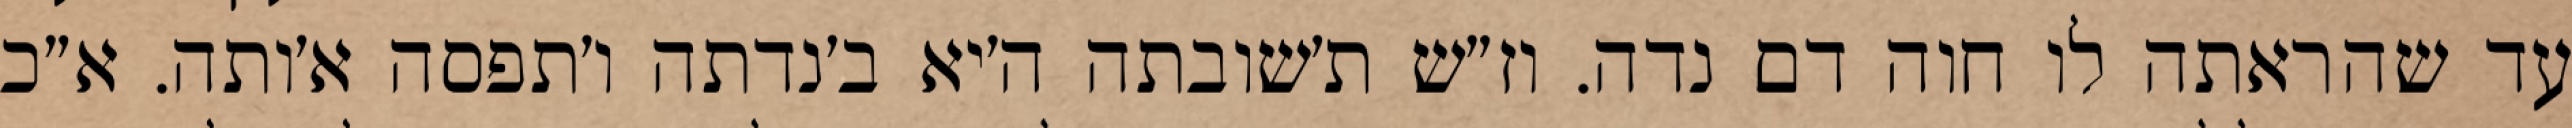
עד שהראתה לו חוה דם נדה. וז״ש ת׳שובתה ה׳יא ב׳נדתה ו׳תפסה א׳ותה. א״כ